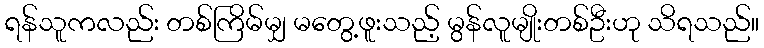
ရန်သူကလည်း တစ်ကြိမ်မျှ မတွေ့ဖူးသည့် မွန်လူမျိုးတစ်ဦးဟု သိရသည်။